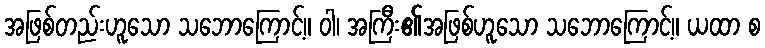
အဖြစ်တည်းဟူသော သဘောကြောင့်။ ဝါ၊ အကြီး၏အဖြစ်ဟူသော သဘောကြောင့်။ ယထာ စ